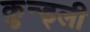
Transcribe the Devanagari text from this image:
कुन्ड्ली